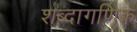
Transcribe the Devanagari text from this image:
शब्दागणिक